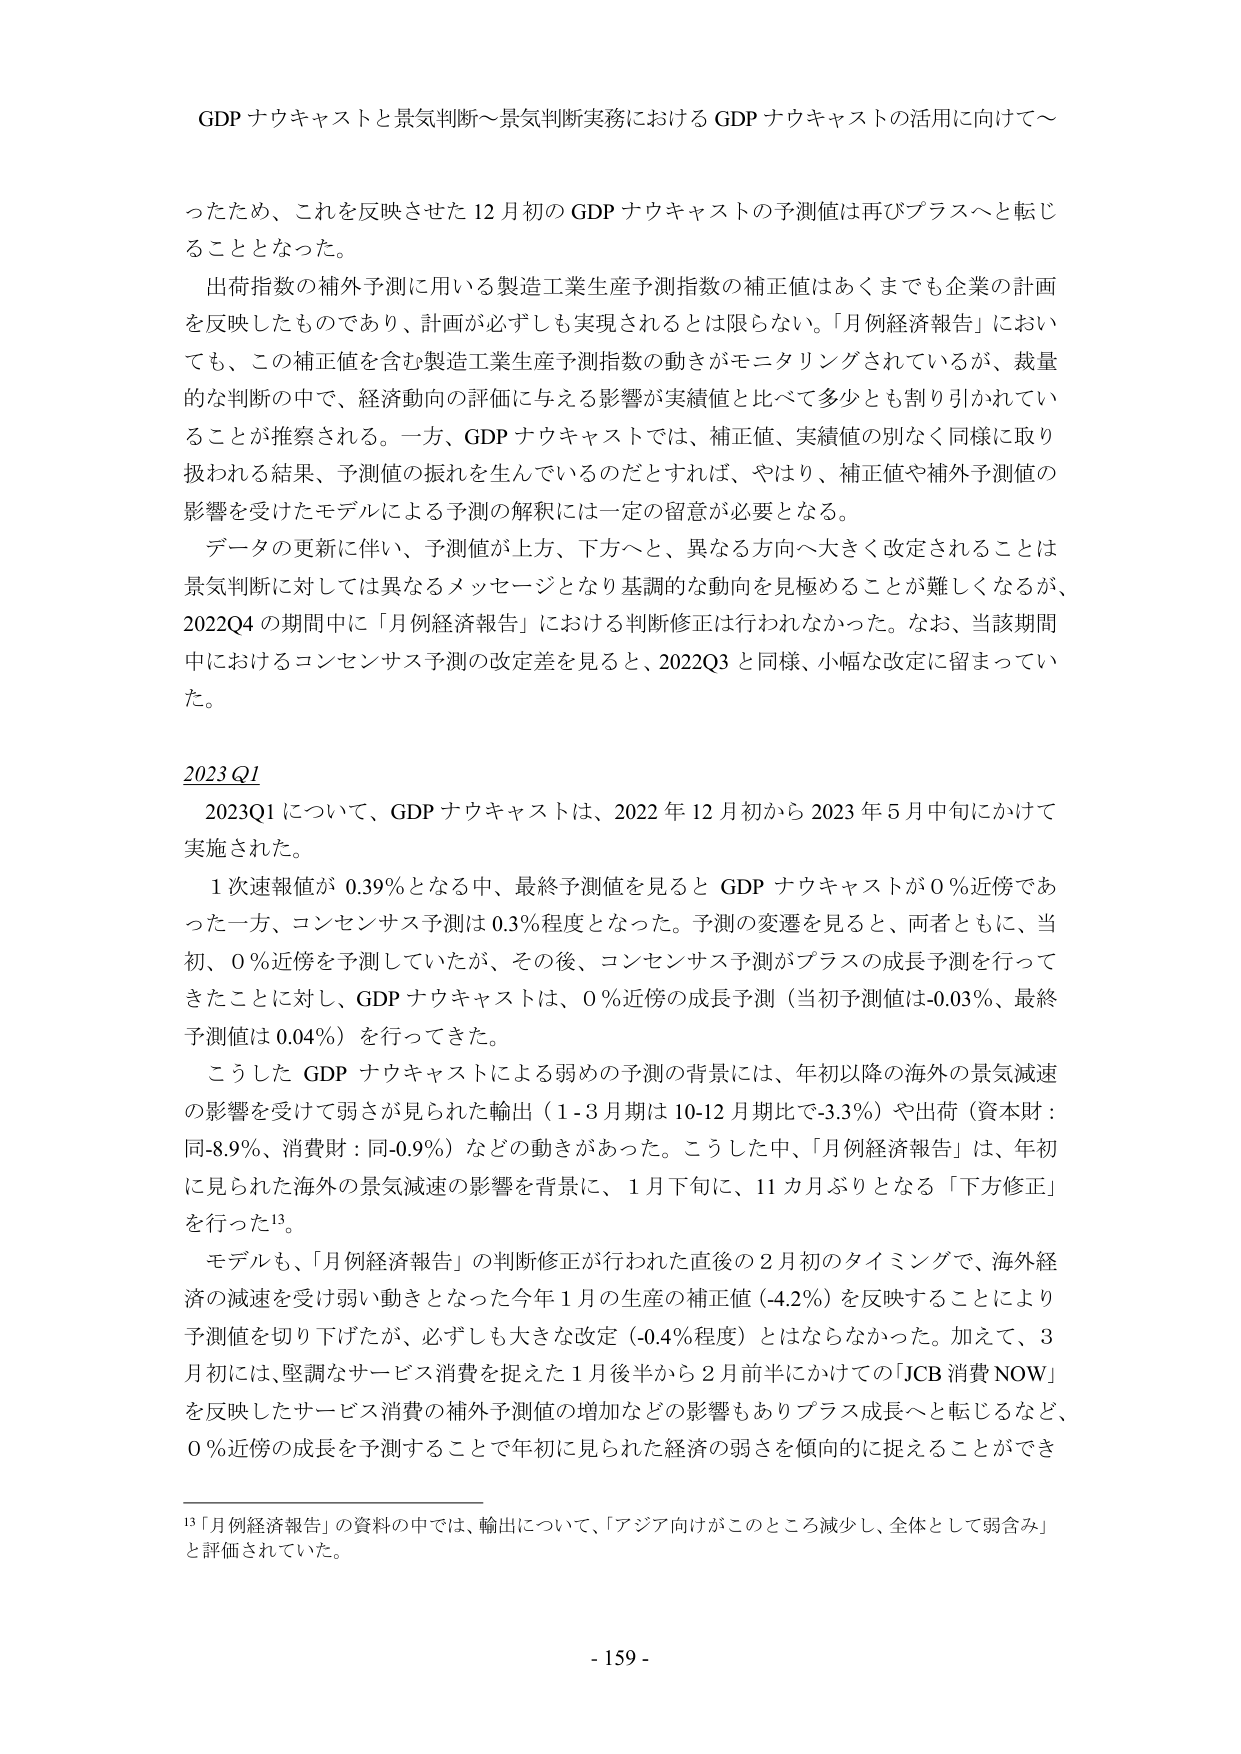
GDP ナウキャストと景気判断～景気判断実務における GDP ナウキャストの活用に向けて～

ったため、これを反映させた 12 月初の GDP ナウキャストの予測値は再びプラスへと転じることとなった。

出荷指数の補外予測に用いる製造工業生産予測指数の補正値はあくまでも企業の計画を反映したものであり、計画が必ずしも実現されるとは限らない。「月例経済報告」においても、この補正値を含む製造工業生産予測指数の動きがモニタリングされているが、裁量的な判断の中で、経済動向の評価に与える影響が実績値と比べて多少とも割り引かれていることが推察される。一方、GDP ナウキャストでは、補正値、実績値の別なく同様に取り扱われる結果、予測値の振れを生んでいるのだとすれば、やはり、補正値や補外予測値の影響を受けたモデルによる予測の解釈には一定の留意が必要となる。

データの更新に伴い、予測値が上方、下方へと、異なる方向へ大きく改定されることは景気判断に対しては異なるメッセージとなり基調的な動向を見極めることが難しくなるが、2022Q4 の期間中に「月例経済報告」における判断修正は行われなかった。なお、当該期間中におけるコンセンサス予測の改定差を見ると、2022Q3 と同様、小幅な改定に留まっていた。

2023 Q1

2023Q1 について、GDP ナウキャストは、2022 年 12 月初から 2023 年 5 月中旬にかけて実施された。

1 次速報値が 0.39％となる中、最終予測値を見ると GDP ナウキャストが 0％近傍であった一方、コンセンサス予測は 0.3％程度となった。予測の変遷を見ると、両者ともに、当初、0％近傍を予測していたが、その後、コンセンサス予測がプラスの成長予測を行ってきたことに対し、GDP ナウキャストは、0％近傍の成長予測（当初予測値は-0.03％、最終予測値は 0.04％）を行ってきた。

こうした GDP ナウキャストによる弱めの予測の背景には、年初以降の海外の景気減速の影響を受けて弱さが見られた輸出（1-3 月期は 10-12 月期比で-3.3％）や出荷（資本財：同-8.9％、消費財：同-0.9％）などの動きがあった。こうした中、「月例経済報告」は、年初に見られた海外の景気減速の影響を背景に、1 月下旬に、11 カ月ぶりとなる「下方修正」を行った13。

モデルも、「月例経済報告」の判断修正が行われた直後の 2 月初のタイミングで、海外経済の減速を受け弱い動きとなった今年 1 月の生産の補正値（-4.2％）を反映することにより予測値を切り下げたが、必ずしも大きな改定（-0.4％程度）とはならなかった。加えて、3 月初には、堅調なサービス消費を捉えた 1 月後半から 2 月前半にかけての「JCB 消費 NOW」を反映したサービス消費の補外予測値の増加などの影響もありプラス成長へと転じるなど、0％近傍の成長を予測することで年初に見られた経済の弱さを傾向的に捉えることができ

13「月例経済報告」の資料の中では、輸出について、「アジア向けがこのところ減少し、全体として弱含み」と評価されていた。

- 159 -